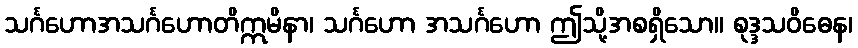
သင်္ဂဟောအသင်္ဂဟောတိဣမိနာ၊ သင်္ဂဟော အသင်္ဂဟော ဤသို့အစရှိသော။ စုဒ္ဒသဝိဓေန၊